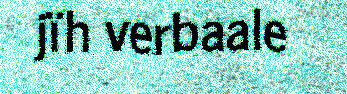
jïh verbaale